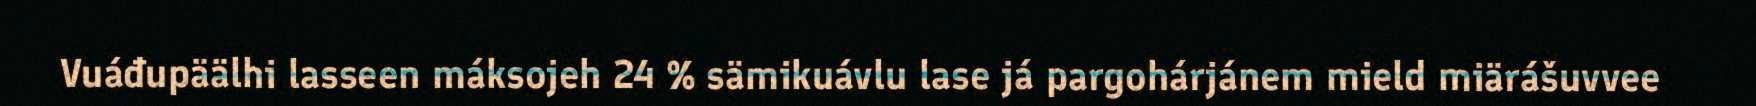
Vuáđupäälhi lasseen máksojeh 24 % sämikuávlu lase já pargohárjánem mield miärášuvvee